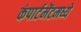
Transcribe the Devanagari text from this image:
कंपार्टमेंटमध्ये